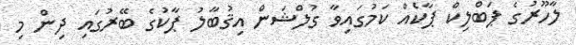
ލާހޫރުގެ ޕަބްލިކް ޕާކެއް ކަމުގައިވާ ގުލްޝަން އިޤުބާލު ޕާކުގެ ބޭރުގައި ދިން މި